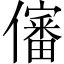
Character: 𰃀